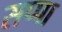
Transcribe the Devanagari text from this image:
सप्पा